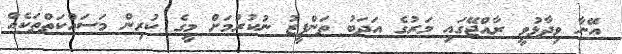
އޭނާ ވިދާޅުވީ ރާއްޖޭގައި މަރުގެ އަދަބު ތަންފީޒު ނުކުރުމަށް މީގެ ކުރިން މަސައްކަތްތަކެއް